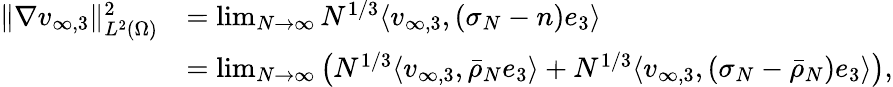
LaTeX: \begin{array}{rl}{\| \nabla v_{\infty,3}\| _{L^{2}(\Omega)}^{2}}&{=\operatorname*{lim}_{N\to\infty}N^{1/3}\langle v_{\infty,3},(\sigma_{N}-n)e_{3}\rangle}\\ &{=\operatorname*{lim}_{N\to\infty}\left(N^{1/3}\langle v_{\infty,3},\bar{\rho}_{N}e_{3}\rangle+N^{1/3}\langle v_{\infty,3},(\sigma_{N}-\bar{\rho}_{N})e_{3}\rangle\right),}\end{array}